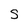
Character: S